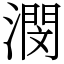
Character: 潣